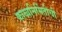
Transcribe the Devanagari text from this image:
काव्यनिर्मितीची